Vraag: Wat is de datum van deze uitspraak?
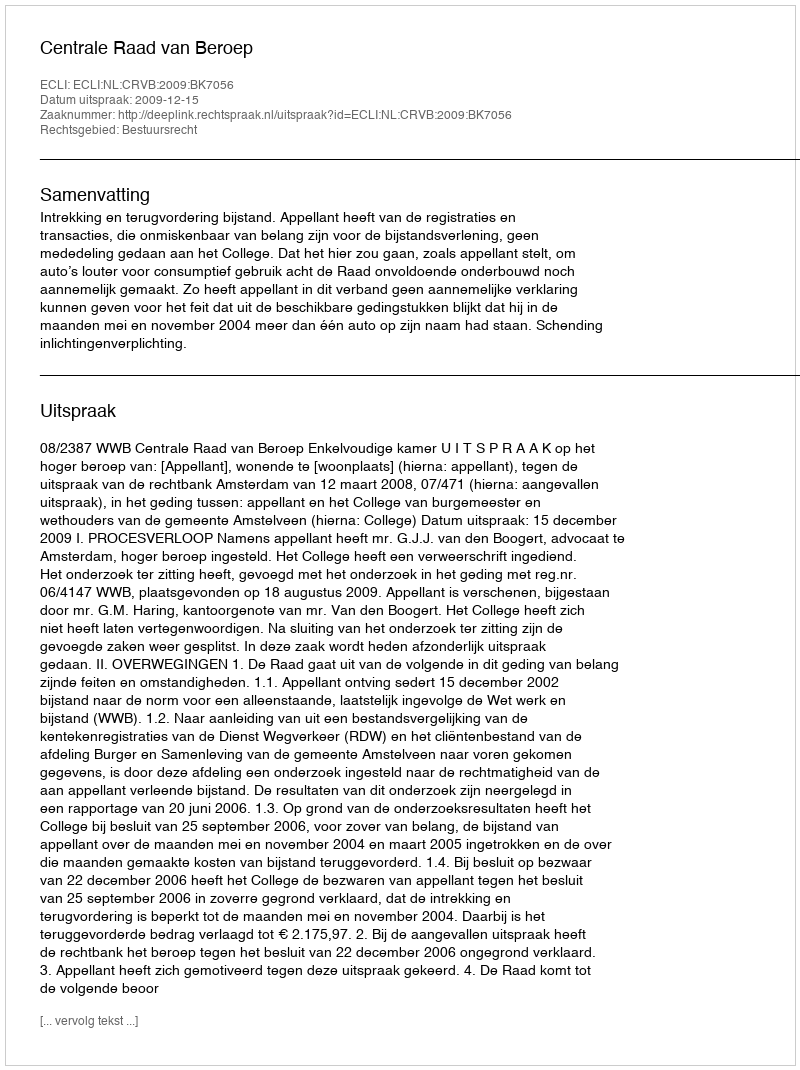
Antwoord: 2009-12-15